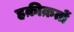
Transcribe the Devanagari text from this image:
हक़ीक़तों